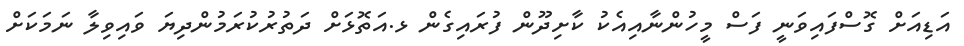
އަޑިއަށް ގޮސްފައިވަނީ ފަސް މީހުންނާއިއެކު ކާށިދޫން ފުރައިގެން ޅ.އަތޮޅަށް ދަތުރުކުރަމުންދިޔަ ވައިވިލާ ނަމަކަށް